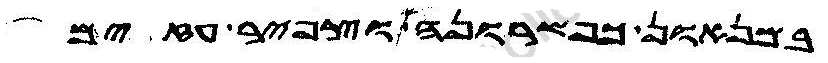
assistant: במנאון כפשרונה וצפיר עזים